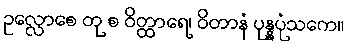
ဥလ္လောစေ တု စ ဝိတ္ထာရေ၊ ဝိတာနံ ပုန္နပုံသကေ။